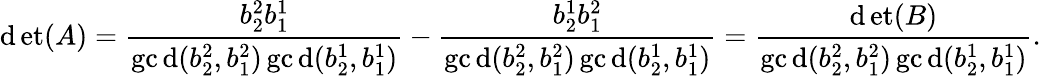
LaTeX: \operatorname*{\mathrm{d}et}(A)=\frac{{b_{2}^{2}b_{1}^{1}}}{{\operatorname*{gc\mathrm{d}}(b_{2}^{2},b_{1}^{2})\operatorname*{gc\mathrm{d}}(b_{2}^{1},b_{1}^{1})}}-\frac{{b_{2}^{1}b_{1}^{2}}}{{\operatorname*{gc\mathrm{d}}(b_{2}^{2},b_{1}^{2})\operatorname*{gc\mathrm{d}}(b_{2}^{1},b_{1}^{1})}}=\frac{{\operatorname*{\mathrm{d}et}(B)}}{{\operatorname*{gc\mathrm{d}}(b_{2}^{2},b_{1}^{2})\operatorname*{gc\mathrm{d}}(b_{2}^{1},b_{1}^{1})}}.